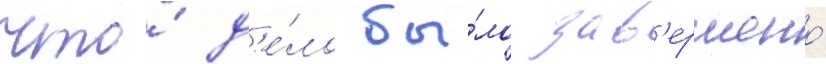
что́ д'е́ло бы́ло зав'ершено́